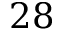
2 8